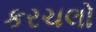
કરચલો